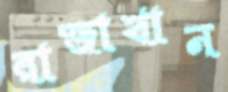
রাজাখান